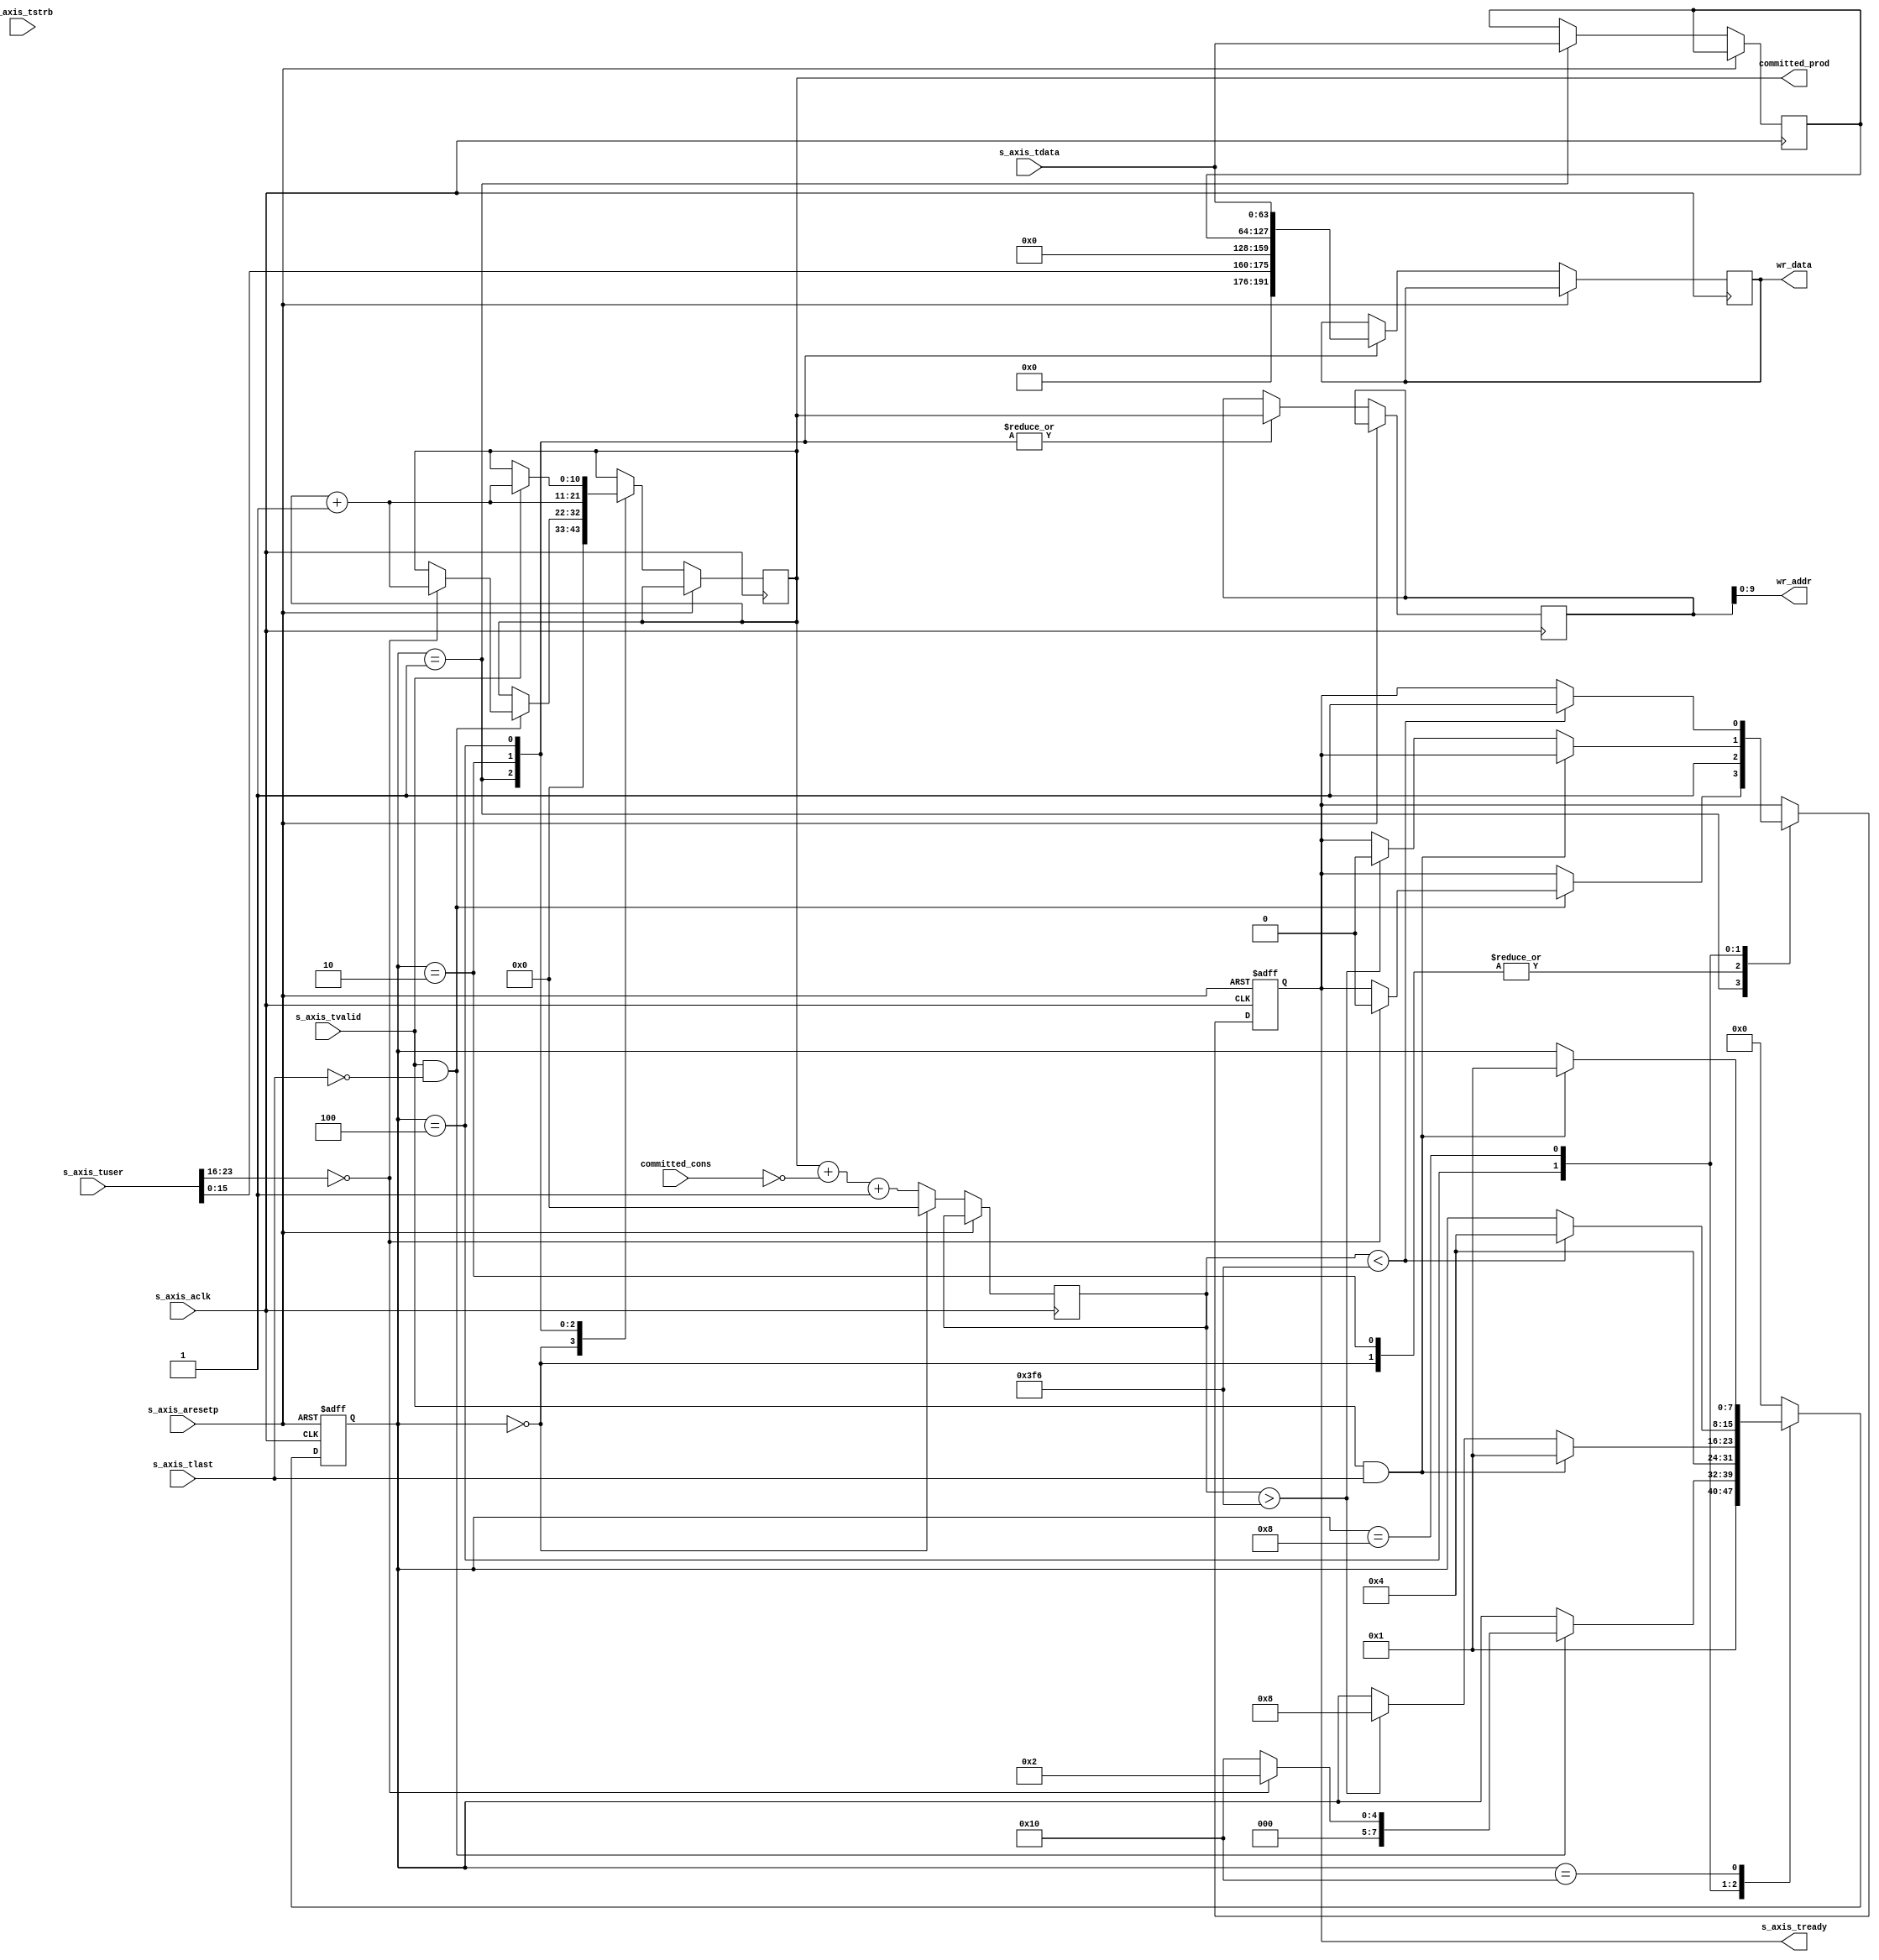
/*******************************************************************************
*
*  NetFPGA-10G http://www.netfpga.org
*
*  File:
*        axis2ibuf.v
*
*  Project:
*
*
*  Author:
*        Marco Forconesi
*
*  Description:
*        Receives AXI4-Stream and writes to ibuf.
*
*
*    This code is initially developed for the Network-as-a-Service (NaaS) project.
*
*  Copyright notice:
*        Copyright (C) 2014 University of Cambridge
*
*  Licence:
*        This file is part of the NetFPGA 10G development base package.
*
*        This file is free code: you can redistribute it and/or modify it under
*        the terms of the GNU Lesser General Public License version 2.1 as
*        published by the Free Software Foundation.
*
*        This package is distributed in the hope that it will be useful, but
*        WITHOUT ANY WARRANTY; without even the implied warranty of
*        MERCHANTABILITY or FITNESS FOR A PARTICULAR PURPOSE.  See the GNU
*        Lesser General Public License for more details.
*
*        You should have received a copy of the GNU Lesser General Public
*        License along with the NetFPGA source package.  If not, see
*        http://www.gnu.org/licenses/.
*
*/

//////////////////////////////////////////////////////////////////////////////////////////////
//////////////////////////////////////////////////////////////////////////////////////////////
`timescale 1ns / 1ps
//`default_nettype none

module axis2ibuf # (
    parameter BW = 10,
    parameter DST_PORT = 8'h00
    ) (

    input                    s_axis_aclk,
    input                    s_axis_aresetp,

    // AXIS
    input        [63:0]      s_axis_tdata,
    input        [7:0]       s_axis_tstrb,
    input        [127:0]     s_axis_tuser,
    input                    s_axis_tvalid,
    input                    s_axis_tlast,
    output reg               s_axis_tready,

    // ibuf2mac
    output       [BW:0]      committed_prod,
    input        [BW:0]      committed_cons,

    // ibuf
    output       [BW-1:0]    wr_addr,
    output reg   [63:0]      wr_data
    );

    // localparam
    localparam s0 = 8'b00000000;
    localparam s1 = 8'b00000001;
    localparam s2 = 8'b00000010;
    localparam s3 = 8'b00000100;
    localparam s4 = 8'b00001000;
    localparam s5 = 8'b00010000;
    localparam s6 = 8'b00100000;
    localparam s7 = 8'b01000000;
    localparam s8 = 8'b10000000;

    localparam MAX_DIFF = (2**BW) - 10;

    //-------------------------------------------------------
    // Local axis2ibuf
    //-------------------------------------------------------
    reg          [7:0]       rx_fsm;
    reg          [BW:0]      diff;
    reg          [BW:0]      ax_wr_addr;
    reg          [BW:0]      wr_addr_i;
    reg          [63:0]      ax_wr_data;

    //-------------------------------------------------------
    // assigns
    //-------------------------------------------------------
    assign wr_addr = wr_addr_i;
    assign committed_prod = ax_wr_addr;

    ////////////////////////////////////////////////
    // axis2ibuf
    ////////////////////////////////////////////////
    always @(posedge s_axis_aclk or posedge s_axis_aresetp) begin

        if (s_axis_aresetp) begin  // rst
            s_axis_tready <= 1'b0;
            rx_fsm <= s0;
        end
        
        else begin  // not rst

            diff <= ax_wr_addr + (~committed_cons) +1;

            case (rx_fsm)

                s0 : begin
                    ax_wr_addr <= 'b0;
                    diff <= 'b0;
                    s_axis_tready <= 1'b1;
                    rx_fsm <= s1;
                end

                s1 : begin
                    wr_data <= {1'b0, 15'b0, s_axis_tuser[15:0], 8'b0, 8'b0, 8'b0, 8'b0};
                    ax_wr_data <= s_axis_tdata;
                    wr_addr_i <= ax_wr_addr;
                    if (s_axis_tvalid && !s_axis_tlast) begin
                        if (s_axis_tuser[23:16] == DST_PORT) begin
                            ax_wr_addr <= ax_wr_addr + 1;
                            s_axis_tready <= 1'b0;
                            rx_fsm <= s2;
                        end
                        else begin
                            rx_fsm <= s5;
                        end
                    end
                end

                s2 : begin
                    wr_data <= ax_wr_data;
                    wr_addr_i <= ax_wr_addr;
                    ax_wr_addr <= ax_wr_addr + 1;
                    s_axis_tready <= 1'b1;
                    rx_fsm <= s3;
                end

                s3 : begin
                    wr_data <= s_axis_tdata;
                    wr_addr_i <= ax_wr_addr;
                    if (s_axis_tvalid) begin
                        ax_wr_addr <= ax_wr_addr + 1;
                    end

                    if (s_axis_tvalid && s_axis_tlast) begin
                        rx_fsm <= s1;
                    end
                    else if (diff > MAX_DIFF) begin           // ibufer is almost full
                        s_axis_tready <= 1'b0;
                        rx_fsm <= s4;
                    end
                end

                s4 : begin
                    if (diff < MAX_DIFF) begin
                        s_axis_tready <= 1'b1;
                        rx_fsm <= s3;
                    end
                end

                s5 : begin
                    if (s_axis_tvalid && s_axis_tlast) begin
                        rx_fsm <= s1;
                    end
                end

                default : begin 
                    rx_fsm <= s0;
                end

            endcase
        end     // not rst
    end  //always

endmodule // axis2ibuf

//////////////////////////////////////////////////////////////////////////////////////////////
//////////////////////////////////////////////////////////////////////////////////////////////